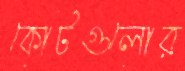
কোর্টগুলোর